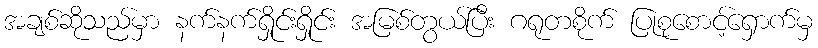
အချစ်ဆိုသည်မှာ နက်နက်ရှိုင်းရှိုင်း အမြစ်တွယ်ပြီး ဂရုတစိုက် ပြုစုစောင့်ရှောက်မှ